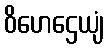
ဝိဟေဌေယျံ